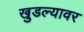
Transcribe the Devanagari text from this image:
खुडल्यावर